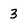
Character: 3